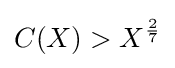
C(X)>X^{\frac {2}{7}}